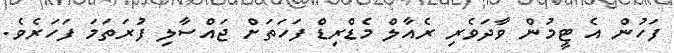
ފަހުން އެ ޓީމުން ވާދަވެރި ރެއާލް މެޑްރިޑް ފަހަތަށް ޖައްސާލި ފުރަތަމަ ފަހަރެވެ.